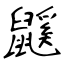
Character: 鼷